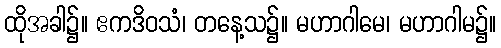
ထိုအခါ၌။ ဧကဒိဝသံ၊ တနေ့သ၌။ မဟာဂါမေ၊ မဟာဂါမ၌။